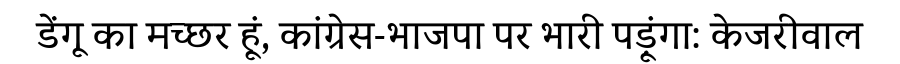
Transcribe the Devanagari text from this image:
डेंगू का मच्छर हूं, कांग्रेस-भाजपा पर भारी पड़ूंगा: केजरीवाल